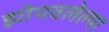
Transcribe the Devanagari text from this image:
झोपवलेल्या